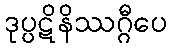
ဒုပ္ပဋိနိဿဂ္ဂီပေ